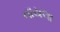
નાયલા